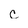
Character: c